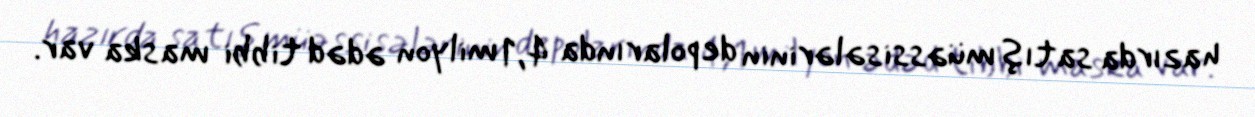
hazırda satış müəssisələrinin depolarında 4,1 milyon ədəd tibbi maska var.